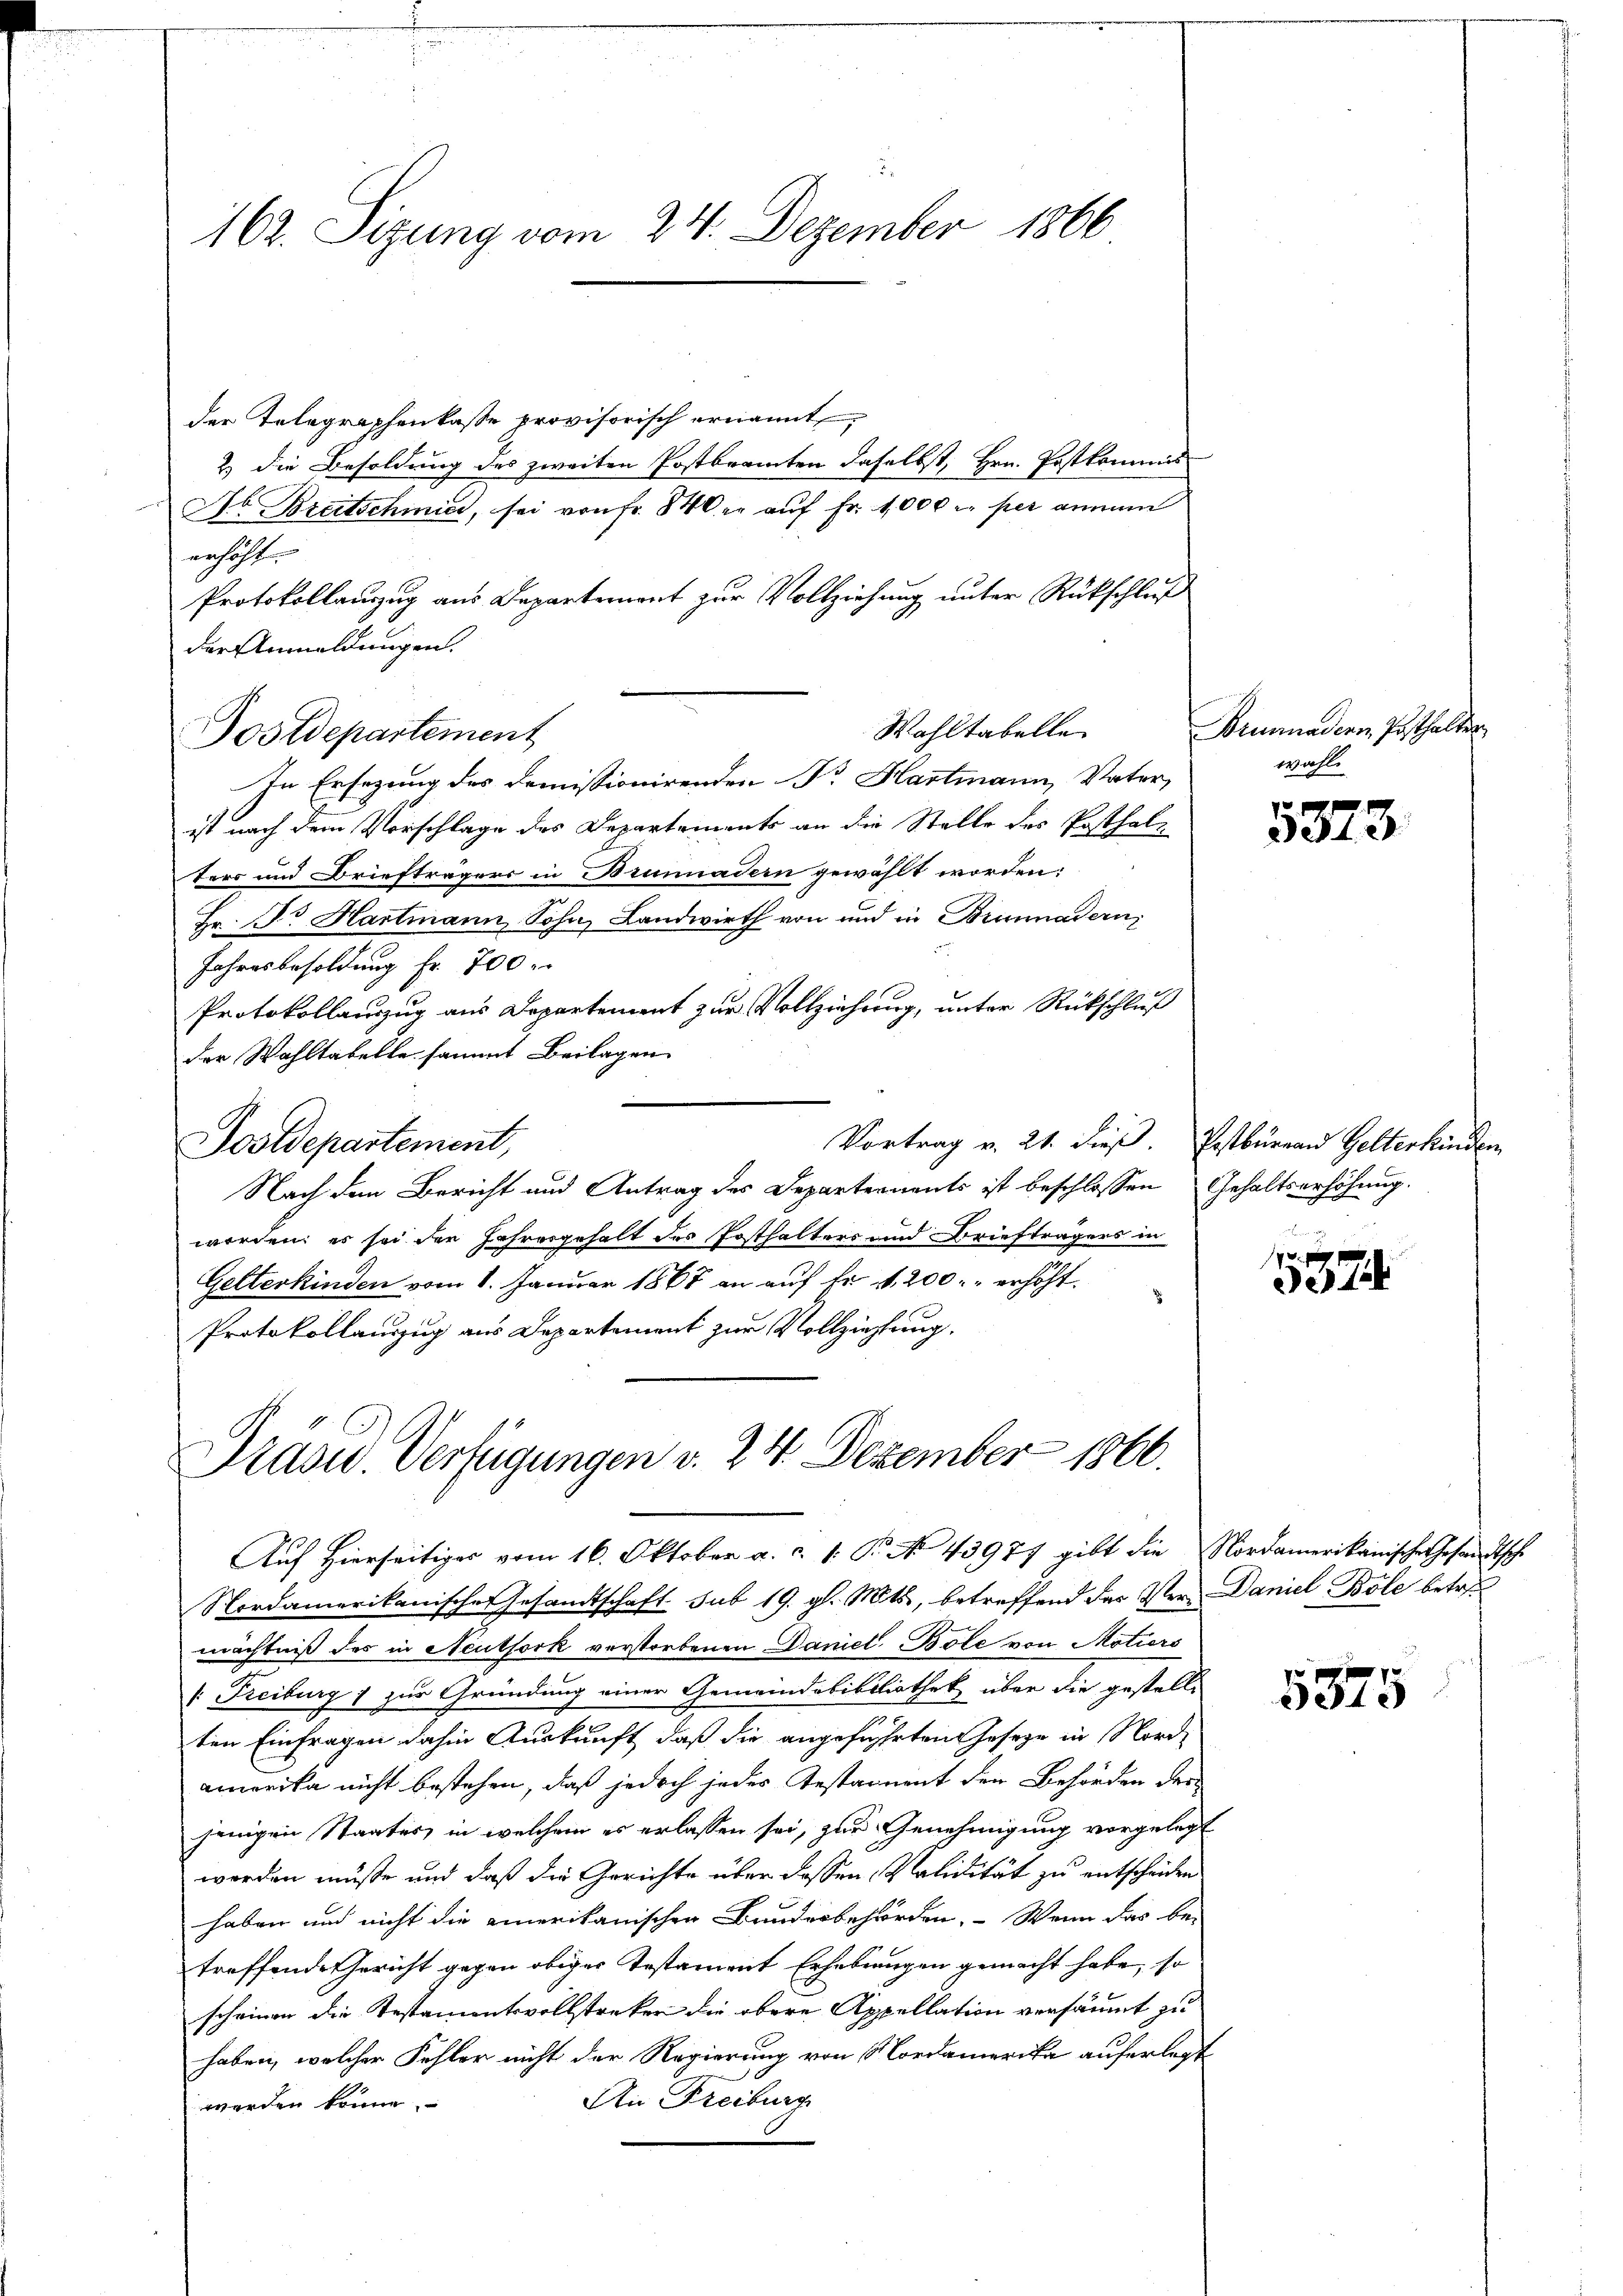
162. Sizung vom 24. Dezember 1866

der Telegraphenkasse provisorisch ernannt,
2) die Besoldung des zweiten Postbeamten daselbst, Hrn. Postkommis
No Breitschmied, sei von fr. 840 er auf Fr. 1000 l. per annam
erhöht
Protokollauszug aus Departement zur Vollziehung unter Rückschluß
Wahltabelle
In Ersezung des Domissionirenden Dr. Hartmann, Vater,
ist nach dem Vorschlage des Departements an die Stelle des Posthaltors und Briefträgers in Brunnadern gewählt worden:
Hr. Dr Hartmann, Sohn, Landwirth von und in Brunnadern,
Jahresbesoldung Fr. 700 r
Protokollauszug aus Departement zur Vollziehung, unter Rückschluß
der Wahltabelle sammt Beilagen
Vortrag v. 21. dieß. Erstburrand Gelterkinden
Postdepartement,
Nach dem Bericht und Antrag des Departernents ist beschlossen Gehaltserhöhung.
worden; es sei der Jahresgehalt des Posthalters und Briefträgers in
Getterkinden vom 1. Januar 1868 an auf fr. v. 200. erhöht.
Protokollauszug aus Departement zur Vollziehung.

der Anmeldungen.
ostdepartement

Nordamerikanische Gesandtschaft sub 19. gl. Mts., betreffend das Ver- Daniel Bole betret
mächtniß des in Neuthork verstorbenen Daniel Bole von Motiers
: Freiburg 1 zur Gründung einer Gemeindebibliothek über die gestell-
ten Einfragen dahin Auskunft, daß die angeführten Geseze in Nord-
amerika nicht bestehen, daß jedoch jedes Testament den Behörden der
jenigen Staates, in welchem es erlassen sei, zur Genehmigung vorgelegt
worden müsse und daß die Gerichte über dessen validität zu entscheiden
haben und nicht die einerikanischen Bundesbehörden. Wenn das be-
treffende Gericht gegen obiger Testament Erhebungen gemacht habe, so
scheinen die Testamentsvollstreker die obere Appellation versäumt zu
haben, welcher Fühler nicht der Regierung von Nordamerika auferlegt
An Freiburg
werden könne.

Präsid. Verfügungen v. 24. Dezember 1860.
Auf hierseitiges vom 16. Oktober a. c. 1. P. No 43977 gibt die Nordamerikanische Gesandtsche

Armadern Posthalten
wahl.

5373.

5524

¬
5373